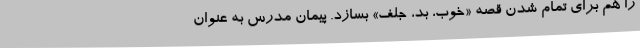
را هم برای تمام شدن قصه‌ «خوب، بد، جلف» بسازد. پیمان مدرس به عنوان